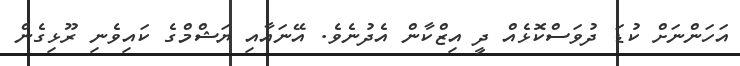
އަހަންނަށް ކުޑަ ދުވަސްކޮޅެއް ދީ އިޒްކާން އެދުނެވެ. އޭނައާއި ޔަޝްމްގެ ކައިވެނި ރޫޅިގެން